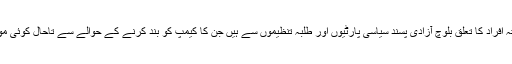
واضع رہے کہ بلوچ لاپتہ افراد کا تعلق بلوچ آزادی پسند سیاسی پارٹیوں اور طلبہ تنظیموں سے ہیں جن کا کیمپ کو بند کرنے کے حوالے سے تاحال کوئی موقف سامنے نہیں آیا ہے۔